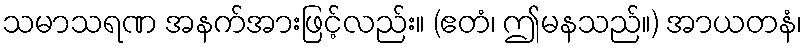
သမာသရဏ အနက်အားဖြင့်လည်း။ (ဧတံ၊ ဤမနသည်။) အာယတနံ၊